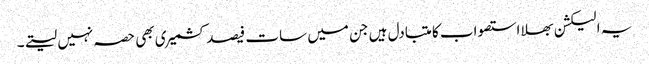
یہ الیکشن بھلا استصواب کا متبادل ہیں جن میں سات فیصد کشمیری بھی حصہ نہیں لیتے۔